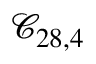
\mathcal { C } _ { 2 8 , 4 }